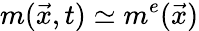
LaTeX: m(\vec{x},t)\simeq m^{e}(\vec{x})